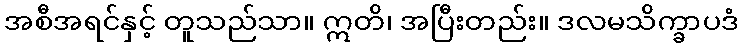
အစီအရင်နှင့် တူသည်သာ။ ဣတိ၊ အပြီးတည်း။ ဒလမသိက္ခာပဒံ